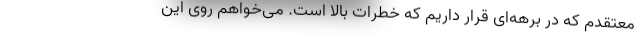
معتقدم که در برهه‌ای قرار داریم که خطرات بالا است. می‌خواهم روی این